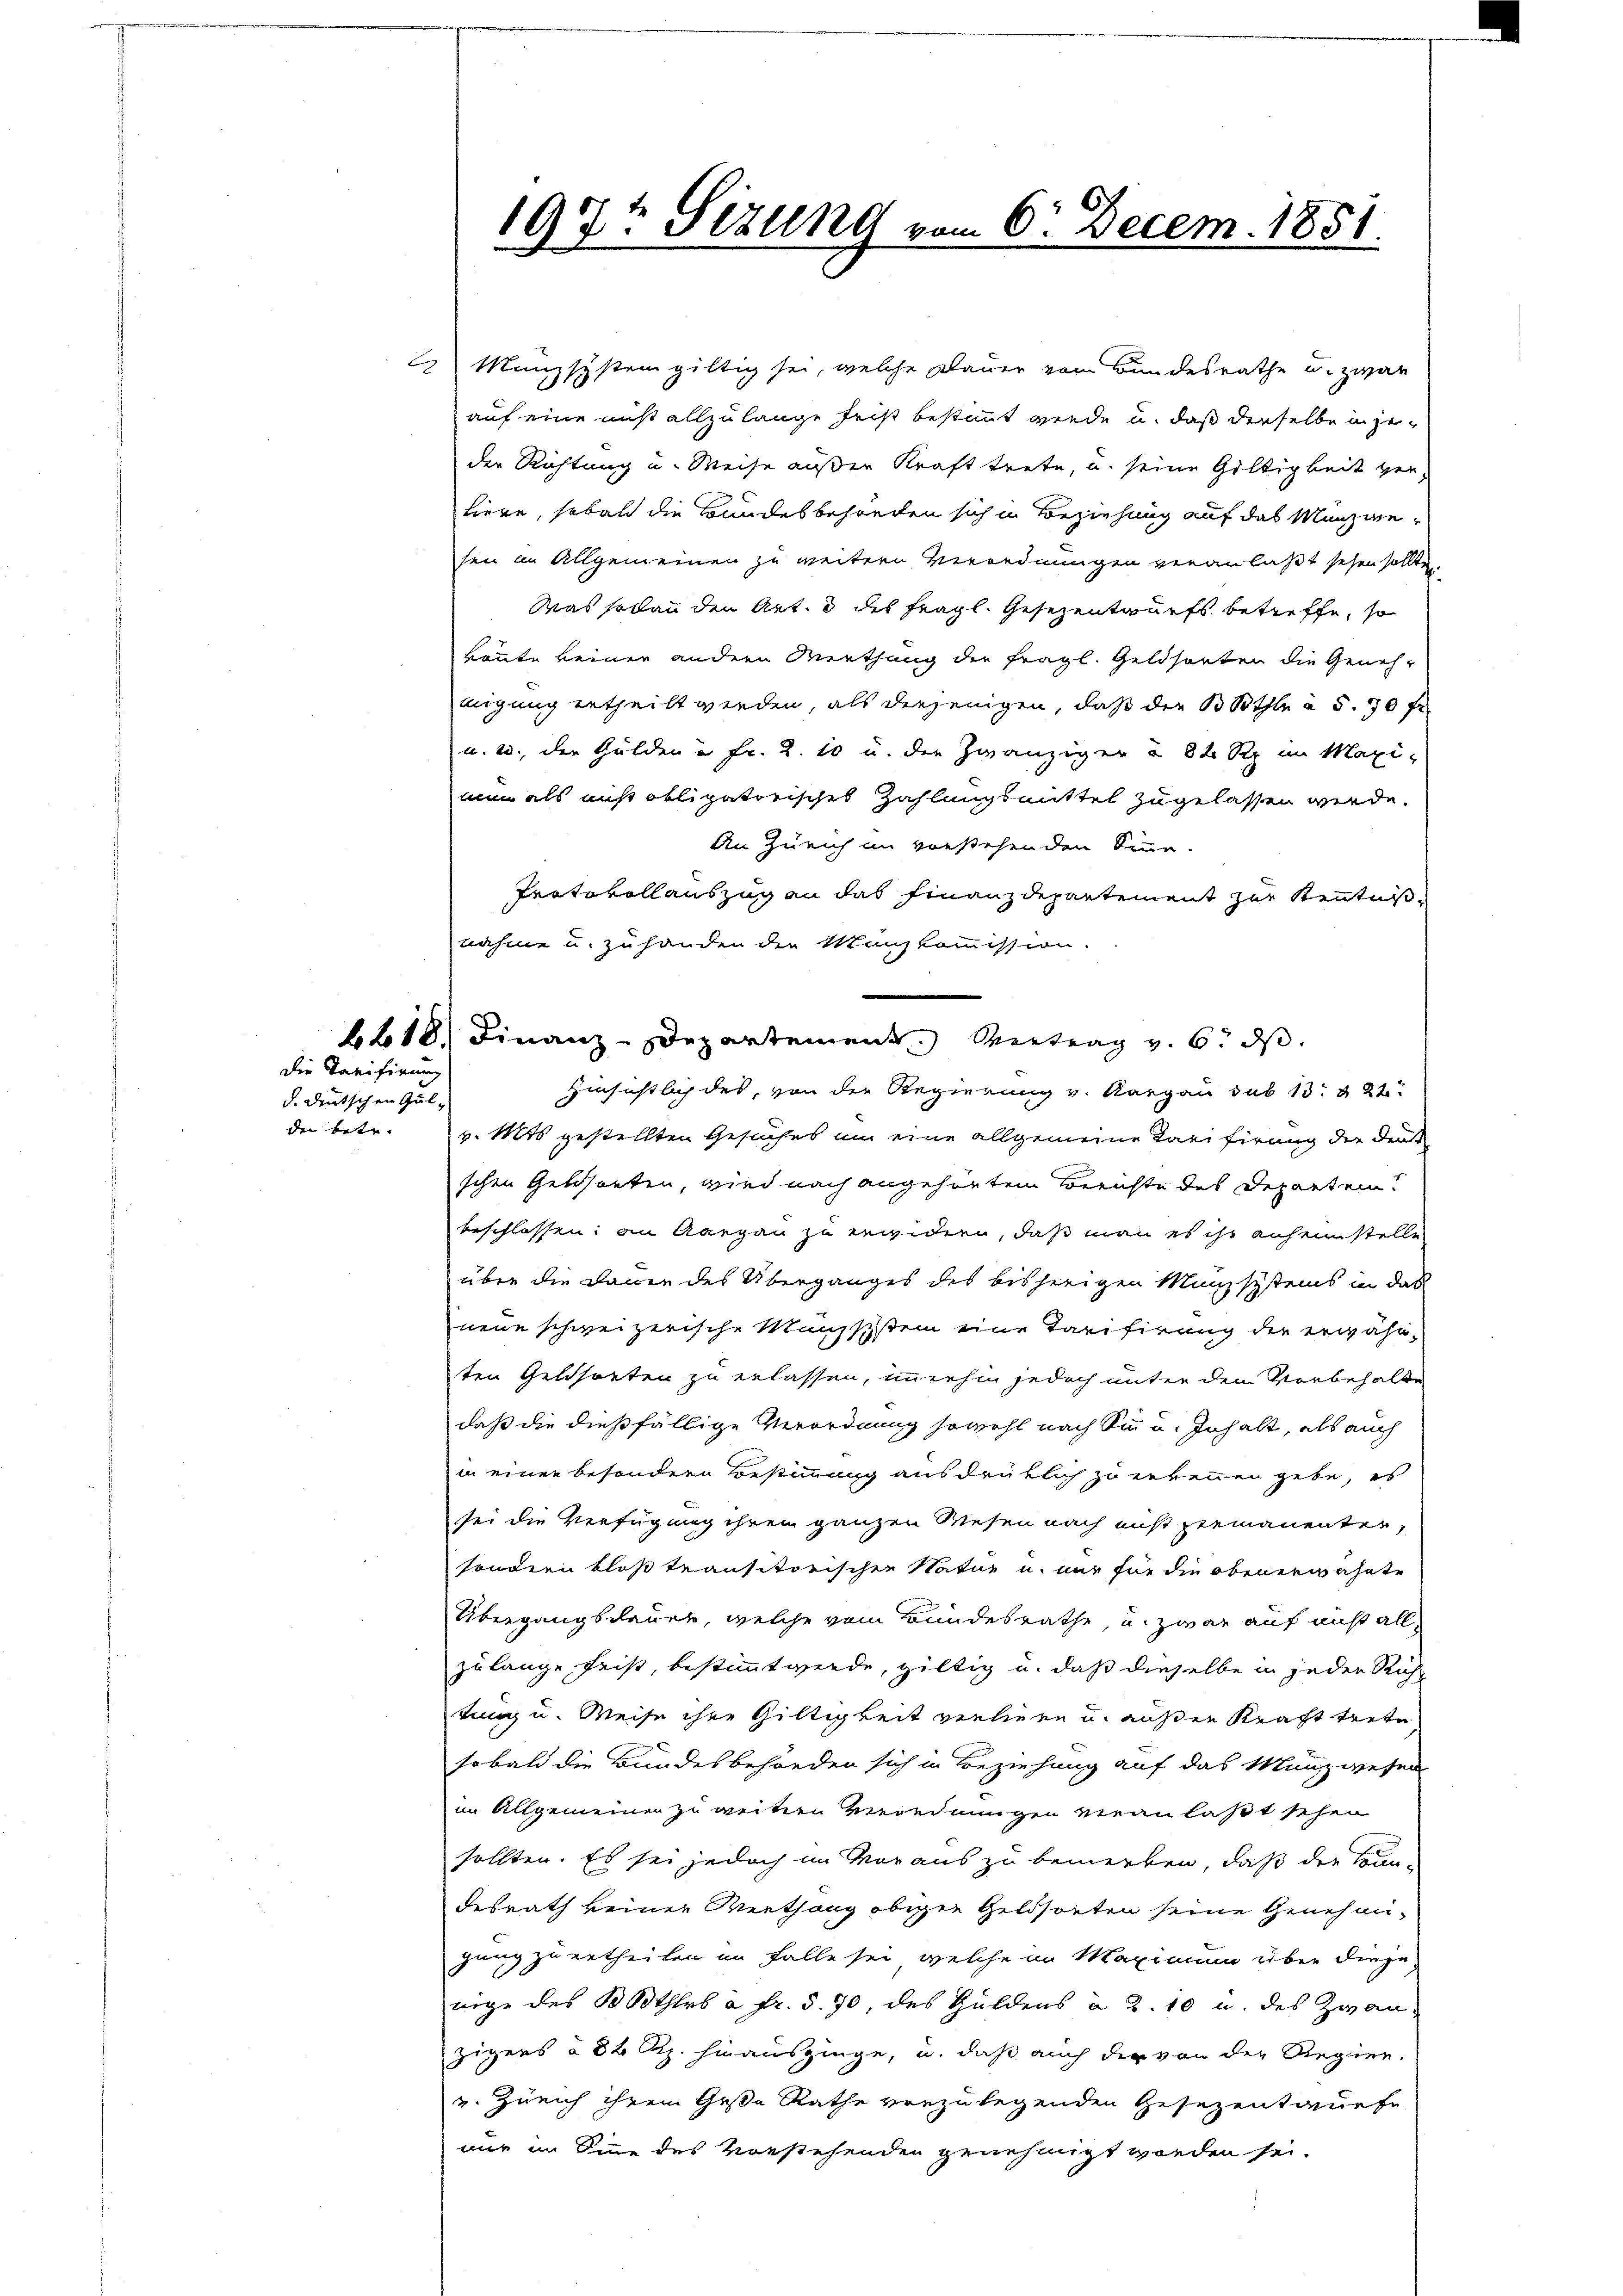
dei betr.

die Tarifirung
d. Deutschen Gul¬

) Manzsystem giltig sei, welche Dauer vom Bundesrathe u. zwar
auf eine nicht allzulange Frist bestimmt werde u. daß derselbe in jeder Richtung u. Weise außer Kraft trete, u. seine Gültigkeit verliere, sobald die Bundesbehörden sich in Beziehung auf das Munzwesen in Allgemeinen zu weitern Verordnungen veranlaßt sehen sollten
Was solan den Art. 3 des fragl. Gesezentwurfs betreffe, so
könnte keiner andern Werthung der fragl. Geldsorten die Geneh-
migung ertheilt werden, als diejenigen, daß die Bothle à 5. 50 fl
u. 20. der Gulden u Fr. 2. 10 u. der Zwanziger § 84 Rp. im Maxinun als nicht obligatorisches Zahlungsmittel zugelassen werde.
An Zürich im vorstehenden Sinne.
Protokollauszug an das Finanzdepartement zur Kenntni
nahme u. zuhanden den Manzkommission.
6618. Finanz-Departement Vertrag v. 6. ds.
Hinsichtlich des, von der Regierung v. Aargau sub 13 § 22
v. Mts gestellten Gesuches um eine allgemeine Tarifirung die den
schen Geldsorten, wird nach angehörtem Berichte des Departeibeschlossen: an Aargau zu erwidern, daß man es ihr auf einstelle
über die Dauer des Überganges des bisherigen Manzsystems in das
neue schweizerische Massstein eine Tarifirung der erwähnten Geldsorten zu erlassen, immerhin jedoch unter dem Vorbehalte
daß die dießfällige Verordnung sowohl nach Sinn u. Inhalt, als auch
in einer besondere Bestimmung ausdrüklich zu erkennen gebe, es
sei die Verfügung ihren ganzen Wesen nach ist permanenter,
sondern bloß transitorischen Natur u. nur für die obenerwähnte
Übergangsdauer, welche vom Bundesrathe, u. zwar auf nicht all
zu lange Frist, bestimmt werde, giltig u. daß dieselbe in jeder Rich
tung u. Weise ihre Giltigkeit verliere u. außer Kraft trete
sobald die Bundesbehörden sich in Beziehung auf das Münzwesen
im Allgemeiner zu weitern verednungen veranlaßt sehen
sollten. Es sei jedoch im Voraus zu bemerken, daß der Bun-
desrath keiner Werthang obiger Geldsorten seine Genehmigung zu ertheilen im Falle sei, welche in Maximum über dieje
wige des Bothlrb à fr. §. 70, des Guldens à 2. 10 u. des Zwan
zigers a 82 Rp. hinauszinge, u. daß auch der von der Regier-
u. Zürich ihrem Gese Rathe vorzulegenden Gesezent aufe
nur im Sinne des Vorstehenden genehmigt worden sei.

197t Sizung vom 6. Decem. 1851.